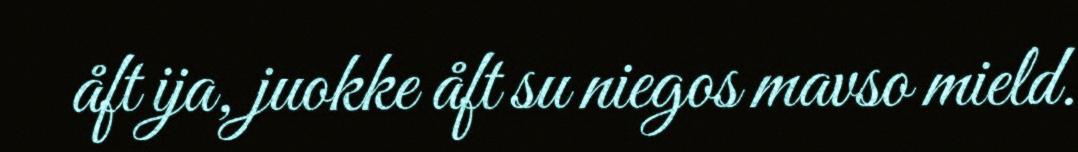
åft ija, juokke åft su niegos mavso mield.